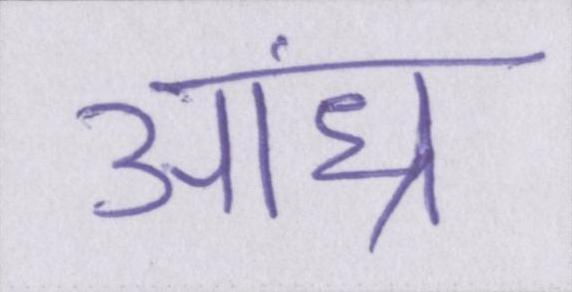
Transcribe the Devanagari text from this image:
आंध्र